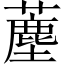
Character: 薼